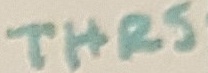
Text: THRS